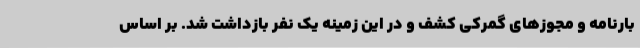
بارنامه و مجوزهای گمرکی کشف و در این زمینه یک نفر بازداشت شد. بر اساس